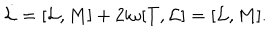
LaTeX: \dot { \cal L } = [ { \cal L } , M ] + 2 \mathrm { i } { \omega } [ T , { \cal L } ] = [ { \cal L } , M ] .